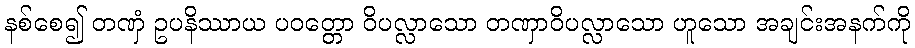
နစ်စေ၍ တဏှံ ဥပနိဿာယ ပဝတ္တော ဝိပလ္လာသော တဏှာဝိပလ္လာသော ဟူသော အချင်းအနက်ကို